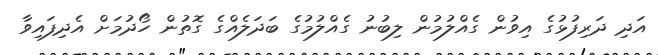
އަދި ދަރިފުޅުގެ އިވުން ގެއްލުމުން ލިބުނު ގެއްލުމުގެ ބަދަލެއްގެ ގޮތުން ހޯދުމަށް އެދިފައިވާ